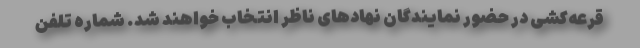
قرعه‌کشی در حضور نمایندگان نهادهای ناظر انتخاب خواهند شد. شماره تلفن